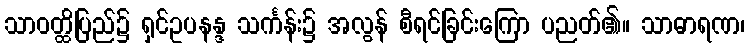
သာဝတ္ထိပြည်၌ ရှင်ဥပနန္ဒ သင်္ကန်း၌ အလွန် စီရင်ခြင်းကြော ပညတ်၏။ သာဓာရဏ၊